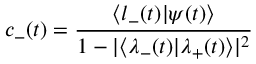
c _ { - } ( t ) = \frac { \langle l _ { - } ( t ) | \psi ( t ) \rangle } { 1 - | \langle \lambda _ { - } ( t ) | \lambda _ { + } ( t ) \rangle | ^ { 2 } }